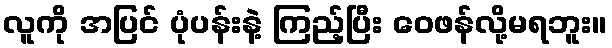
လူကို အပြင် ပုံပန်းနဲ့ ကြည့်ပြီး ဝေဖန်လို့မရဘူး။